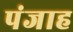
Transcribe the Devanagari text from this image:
पंजाह